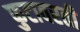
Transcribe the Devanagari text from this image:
फुटावरती